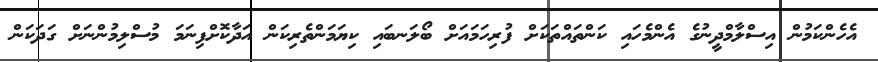
އެހެންކަމުން އިސްލާމްދީނުގެ އެންމެހައި ކަންތައްތަކަށް ފުރިހަމައަށް ބޯލަނބައި ކިޔަމަންތެރިކަން އަދާކޮށްފިނަމަ މުސްލިމުންނަށް ގަދަކަން